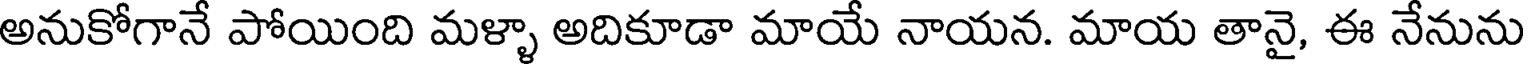
అనుకోగానే పోయింది మళ్ళా అదికూడా మాయే నాయన. మాయ తానై, ఈ నేనును